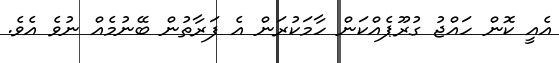
އެއީ ކޮން ހައްޖު ގުރޫޕެއްކަން ހާމަކުރަން އެ ފަރާތުން ބޭނުމެއް ނުވެ އެވެ.